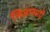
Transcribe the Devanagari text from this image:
जिज्ञासाएँ